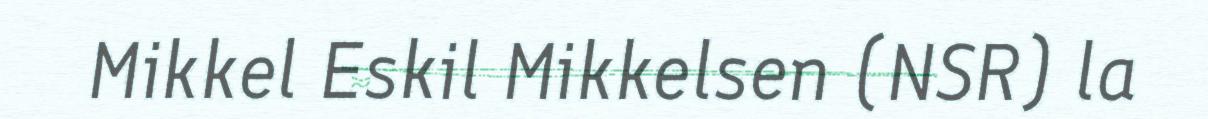
Mikkel Eskil Mikkelsen (NSR) la